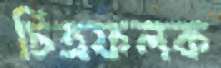
চিত্রফলক